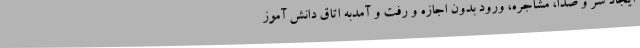
ایجاد سر و صدا، مشاجره، ورود بدون اجازه و رفت و آمدبه اتاق دانش آموز